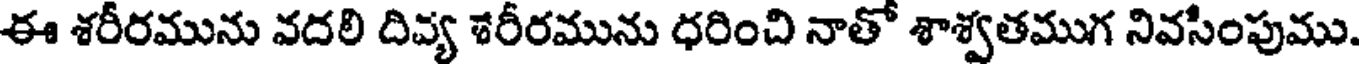
ఈ శరీరమును వదలి దివ్య శరీరమును ధరించి నాతో శాశ్వతముగ నివసింపుము.